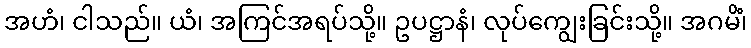
အဟံ၊ ငါသည်။ ယံ၊ အကြင်အရပ်သို့။ ဥပဋ္ဌာနံ၊ လုပ်ကျွေးခြင်းသို့။ အဂမိံ၊